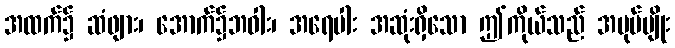
အထက်၌ ဆံဖျား၊ အောက်၌ဘဝါး၊ အရေပါး အဆုံးရှိသော ဤကိုယ်သည် အပုပ်မျိုး